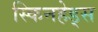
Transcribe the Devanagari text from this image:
स्किनहेड्स